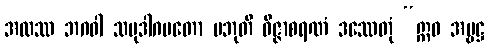
အထဿ ဘဂဝါ သမုဒါဂမတော ပဘုတိ ဝိဇ္ဇာစရဏံ ဒဿေတုံ “ဣဓ အမ္ဗဋ္ဌ